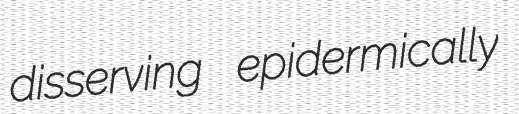
disserving epidermically